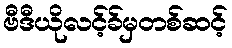
ဗီဒီယိုလင့်ခ်မှတစ်ဆင့်